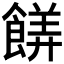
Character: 𬲙